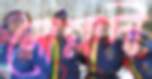
মোল্লাদী